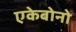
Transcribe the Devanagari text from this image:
एकेबोनो